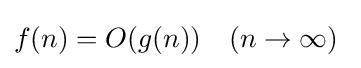
f(n)=O(g(n))\quad (n\to \infty )~